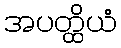
အပတ္ထိယံ